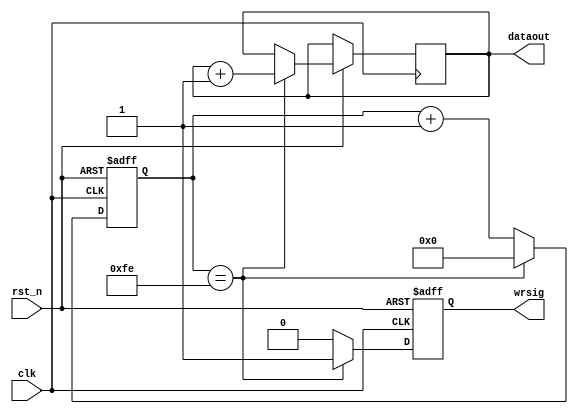

`timescale 1ns/1ps

module testuart(clk,rst_n,dataout,wrsig);

input clk;
input rst_n;
output [7:0] dataout;
output wrsig;

reg [7:0] dataout;
reg wrsig;
reg[7:0] cnt;

always @(posedge clk or negedge rst_n)
begin
	if(!rst_n) begin
		cnt<=8'd0;
		wrsig<=1'b0;
	end
	else begin 
		if(cnt==254) begin
			dataout<=dataout+8'd1; //1
			wrsig<=1'b1; //
			cnt<=8'd0;
		end
		else begin
			wrsig<=1'b0;
			cnt<=cnt+8'd1;
		end

end

end

endmodule